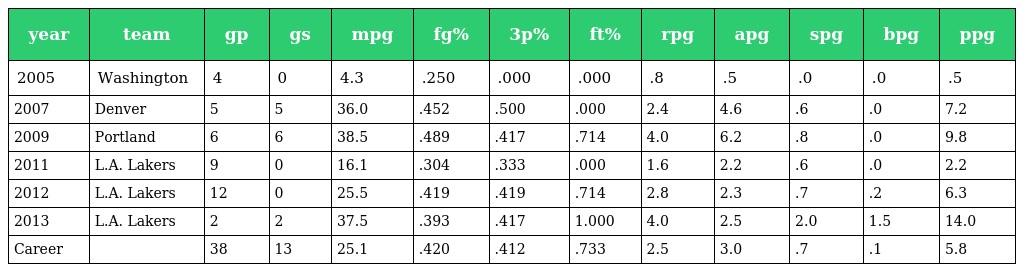
| year | team | gp | gs | mpg | fg% | 3p% | ft% | rpg | apg | spg | bpg | ppg |
 | --- | --- | --- | --- | --- | --- | --- | --- | --- | --- | --- | --- | --- |
 | 2005 | Washington | 4 | 0 | 4.3 | .250 | .000 | .000 | .8 | .5 | .0 | .0 | .5 |
 | 2007 | Denver | 5 | 5 | 36.0 | .452 | .500 | .000 | 2.4 | 4.6 | .6 | .0 | 7.2 |
 | 2009 | Portland | 6 | 6 | 38.5 | .489 | .417 | .714 | 4.0 | 6.2 | .8 | .0 | 9.8 |
 | 2011 | L.A. Lakers | 9 | 0 | 16.1 | .304 | .333 | .000 | 1.6 | 2.2 | .6 | .0 | 2.2 |
 | 2012 | L.A. Lakers | 12 | 0 | 25.5 | .419 | .419 | .714 | 2.8 | 2.3 | .7 | .2 | 6.3 |
 | 2013 | L.A. Lakers | 2 | 2 | 37.5 | .393 | .417 | 1.000 | 4.0 | 2.5 | 2.0 | 1.5 | 14.0 |
 | Career |  | 38 | 13 | 25.1 | .420 | .412 | .733 | 2.5 | 3.0 | .7 | .1 | 5.8 |